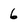
Character: 6